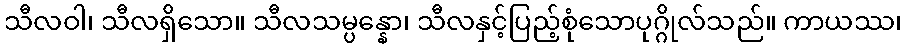
သီလဝါ၊ သီလရှိသော။ သီလသမ္ပန္နော၊ သီလနှင့်ပြည့်စုံသောပုဂ္ဂိုလ်သည်။ ကာယဿ၊